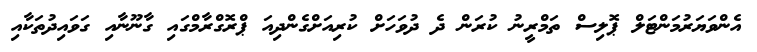
އެންވަޔަރުމަންޓަލް ޕޮލިސް ތަމްރީނު ކުރަން ދެ ދުވަހަށް ކުރިއަށްގެންދިއަ ޕްރޮގްރާމްގައި ގާނޫނާއި ގަވައިދުތަކާއި